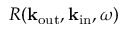
R ( \mathbf { k } _ { \mathrm { o u t } } , \mathbf { k } _ { \mathrm { i n } } , \omega )